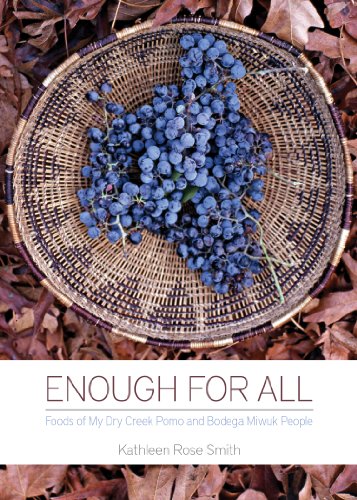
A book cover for Enough for All: Foods of My Dry Creek Pomo and Bodega Miwuk People; Kathleen Rose Smith; Cookbooks, Food & Wine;